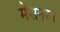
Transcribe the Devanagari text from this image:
मेसनर।